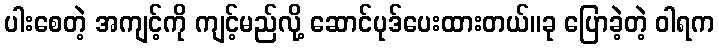
ပါးစေတဲ့ အကျင့်ကို ကျင့်မည်လို့ ဆောင်ပုဒ်ပေးထားတယ်။ခု ပြောခဲ့တဲ့ ဝါရက